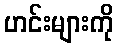
ဟင်းများကို